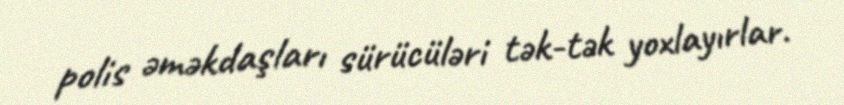
polis əməkdaşları sürücüləri tək-tək yoxlayırlar.